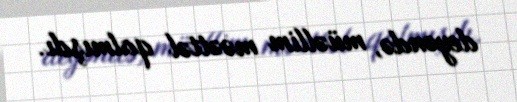
deyəndə, müəllim məəttəl qalmışdı.